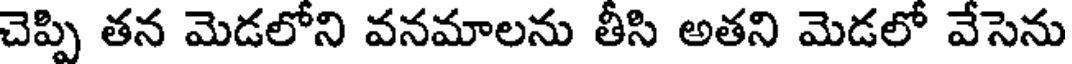
చెప్పి తన మెడలోని వనమాలను తీసి అతని మెడలో వేసెను